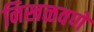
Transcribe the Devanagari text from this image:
निखळवणे